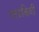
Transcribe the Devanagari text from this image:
वलाकिवी